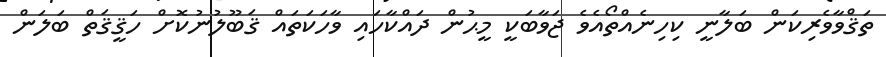
ތަޤްވާވެރިކަން ބަލާނީ ކިހިނެއްތޯއެވެ ޖަވާބަކީ މީޙުން ދައްކާހައި ވާހަކަތައް ޤަބޫލުނުކޮށް ހަޤީޤަތް ބަލަން